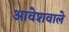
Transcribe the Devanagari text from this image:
आवेशवाले